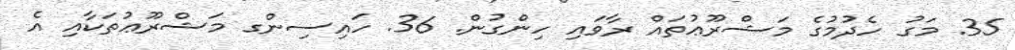
35. މަގު ހެދުމުގެ މަޝްރޫޢުތައް ރާވައި ހިންގުން. 36. ހައިސިންގ މަޝްރޫޢުތަކާއި އެ